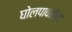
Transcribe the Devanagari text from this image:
घोलपावरील